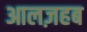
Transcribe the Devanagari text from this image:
आलज़हब